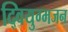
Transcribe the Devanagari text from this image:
द्वियुग्मजन